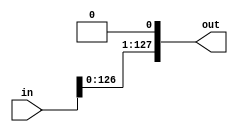
module sla (
  input [127:0]in,
  output [127:0]out
);

  assign out = {in[126:0], 1'b0};
  
endmodule